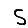
Digit: 5